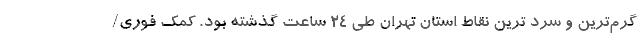
گرم‌ترین و سرد ترین نقاط استان تهران طی ۲۴ ساعت گذشته بود. کمک فوری/